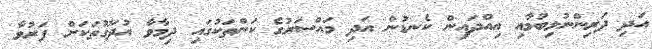
އަދި ދަރިންނުލިބުމާއި އިއްދައިން ކެނޑުން އަދި މައްސަރުގެ ކަންތަކުގައި ދިމާވާ އުދަގޫތަކަށް ފަރުވާ